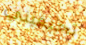
تخيفيني